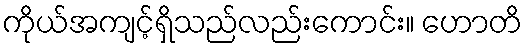
ကိုယ်အကျင့်ရှိသည်လည်းကောင်း။ ဟောတိ